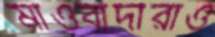
মাওবাদীরাও